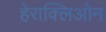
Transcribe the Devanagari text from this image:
हेराक्लिओन